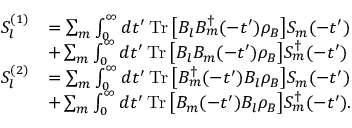
\begin{array} { r l } { S _ { l } ^ { ( 1 ) } } & { = \sum _ { m } \int _ { 0 } ^ { \infty } d t ^ { \prime } \operatorname { T r } \big [ B _ { l } B _ { m } ^ { \dagger } ( - t ^ { \prime } ) \rho _ { B } \big ] S _ { m } ( - t ^ { \prime } ) } \\ & { + \sum _ { m } \int _ { 0 } ^ { \infty } d t ^ { \prime } \operatorname { T r } \big [ B _ { l } B _ { m } ( - t ^ { \prime } ) \rho _ { B } \big ] S _ { m } ^ { \dagger } ( - t ^ { \prime } ) } \\ { S _ { l } ^ { ( 2 ) } } & { = \sum _ { m } \int _ { 0 } ^ { \infty } d t ^ { \prime } \operatorname { T r } \big [ B _ { m } ^ { \dagger } ( - t ^ { \prime } ) B _ { l } \rho _ { B } \big ] S _ { m } ( - t ^ { \prime } ) } \\ & { + \sum _ { m } \int _ { 0 } ^ { \infty } d t ^ { \prime } \operatorname { T r } \big [ B _ { m } ( - t ^ { \prime } ) B _ { l } \rho _ { B } \big ] S _ { m } ^ { \dagger } ( - t ^ { \prime } ) . } \end{array}